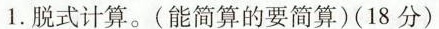
1.脱式计算。(能简算的要简算)(18分)